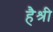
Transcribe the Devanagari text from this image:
हैश्री